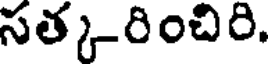
సత్క-రించిరి.